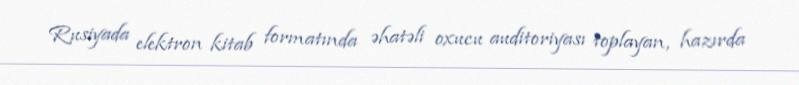
Rusiyada elektron kitab formatında əhatəli oxucu auditoriyası toplayan, hazırda